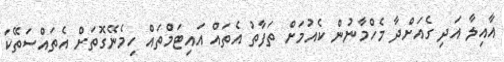
އާއިލާ އަދި ގެއަށްދާ މެހްމާނުން ކެއުމަށް ތަފާތު އެތައް އައިޓަމްތައް ހިމެނޭގޮތަށް އެތައްސަތޭކަ